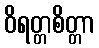
ဝိရတ္တစိတ္တာ